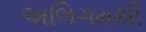
અભિગમથી